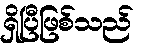
ရှိပြီဖြစ်သည်